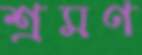
শ্রমণ